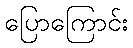
ပြောကြောင်း